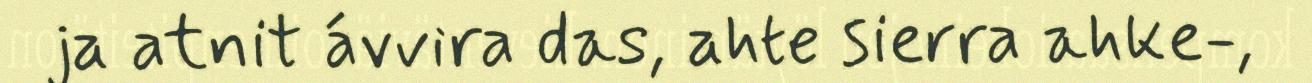
ja atnit ávvira das, ahte sierra ahke-,